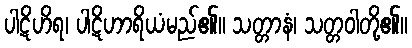
ပါဋိဟိရ၊ ပါဋိဟာရိယံမည်၏။ သတ္တာနံ၊ သတ္တဝါတို့၏။